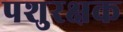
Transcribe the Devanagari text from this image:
पशुरक्षक